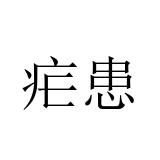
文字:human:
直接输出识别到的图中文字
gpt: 疟患